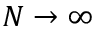
N \rightarrow \infty